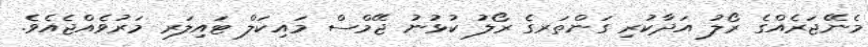
މެނޭޖަރެއްގެ ރޯލު އަދާކުރި ގަންތަރގެ ރޯލު ކުޅުނު ޖޭމްސް މައިކަލް ޓައިލަރ މަރުވެއްޖެއެވެ.